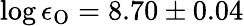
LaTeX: \log\epsilon_{\mathrm{O}}=8.70\pm 0.04